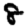
Digit: 8